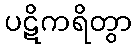
ပဋိကရိတွာ